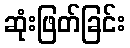
ဆုံးဖြတ်ခြင်း